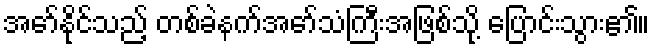
အော်နိုင်သည့် တစ်ခဲနက်အော်သံကြီးအဖြစ်သို့ ပြောင်းသွား၏။